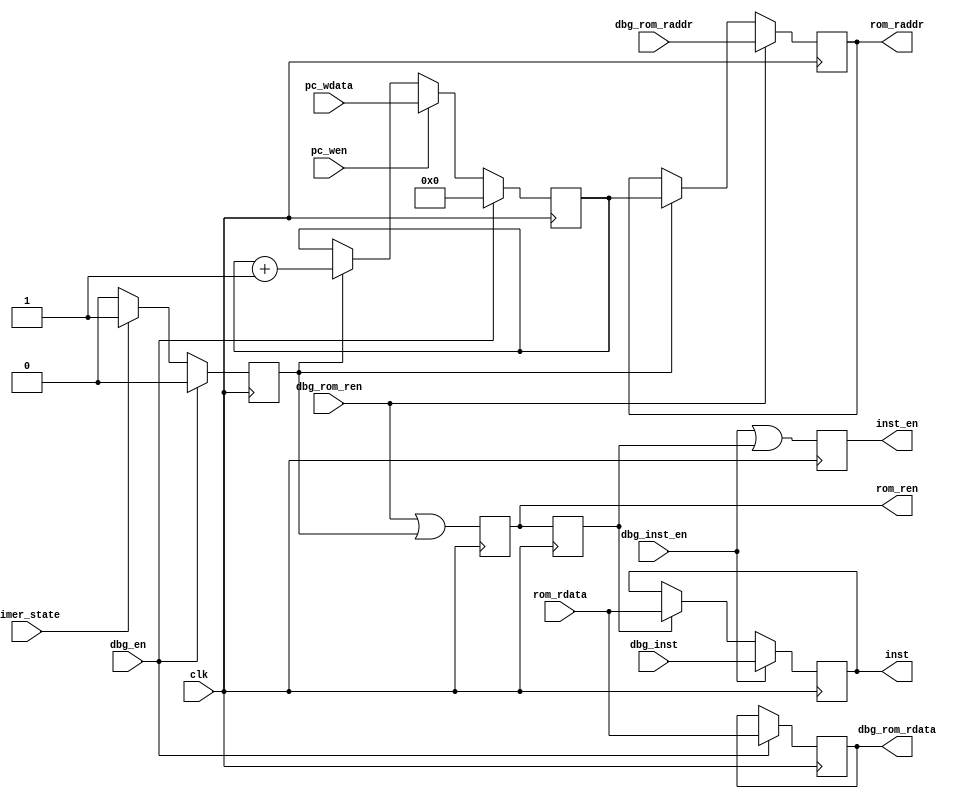
// This program was cloned from: https://github.com/verimake-team/SparkRoad-V
// License: MIT License

`timescale 1ns / 1ps
//////////////////////////////////////////////////////////////////////////////////
// Company: 
// Engineer: 
// 
// Create Date:
// Design Name: 
// Module Name: fetch
// Project Name: 
// Target Devices: 
// Tool Versions: 
// Description: 
// 
// Dependencies: 
// 
// Revision:
// Revision 0.01 - File Created
// Additional Comments:
// 
//////////////////////////////////////////////////////////////////////////////////

module fetch
(
    input   wire		clk,
    
    // rom
    output  reg			rom_ren,
	output  reg  [23:0]	rom_raddr,
	input   wire [7:0]	rom_rdata,
    
    // debug
    input   wire		dbg_en,
    input   wire		dbg_rom_ren,
    input   wire [23:0]	dbg_rom_raddr,
    output  reg  [7:0]	dbg_rom_rdata,
    input   wire		dbg_inst_en,
    input   wire [7:0]	dbg_inst,

    // timer
    input   wire		timer_state,
    
    // pc
    input   wire		pc_wen,
    input   wire [23:0]	pc_wdata,
    
    // instruction
    output  reg			inst_en,
    output  reg [7:0]	inst
);

reg [23:0] pc;
reg fetch_en;
reg rom_bk_en;

// rom
always@(posedge clk)
begin
    if(dbg_en)
        fetch_en <= 0;
    else if(timer_state)
        fetch_en <= 1;
    else
        fetch_en <= 0;
end

// pc
always@(posedge clk)
begin
    if(dbg_en)
        pc <= 0;
    else if(pc_wen)
        pc <= pc_wdata;
    else if(fetch_en)
        pc <= pc + 1;
end

// rom
always@(posedge clk)
begin
    rom_ren <= dbg_rom_ren || fetch_en;
end

// rom
always@(posedge clk)
begin
    if(dbg_rom_ren)
        rom_raddr <= dbg_rom_raddr;
    else if(fetch_en)
        rom_raddr <= pc;
end

// 
always@(posedge clk)
begin
    rom_bk_en <= rom_ren;
    inst_en <= dbg_inst_en || rom_bk_en;
end

// 
always@(posedge clk)
begin
    if(dbg_inst_en)
        inst <= dbg_inst;
    else if(rom_bk_en)
        inst <= rom_rdata;
end

// 
always@(posedge clk)
begin
    if(dbg_en)
        dbg_rom_rdata <= rom_rdata;
end

endmodule